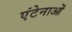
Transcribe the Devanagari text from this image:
एंटेनाओं